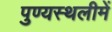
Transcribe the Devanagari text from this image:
पुण्‍यस्‍थलीमें